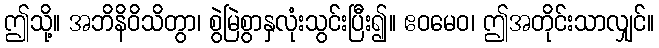
ဤသို့။ အဘိနိဝိသိတွာ၊ စွဲမြဲစွာနှလုံးသွင်းပြီး၍။ ဧဝမေဝ၊ ဤအတိုင်းသာလျှင်။